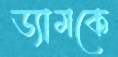
ড্যামকে